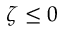
\zeta \leq 0